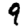
Digit: 9